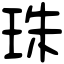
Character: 珠